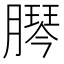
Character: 𦠴